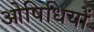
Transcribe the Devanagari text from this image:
ओषिधियों